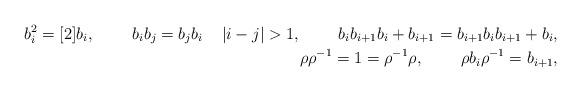
LaTeX: \begin{align*} b_i^{2}= [2] b_i, \mspace{40mu} b_ib_j =b_jb_i \mspace{10mu}\mspace{10mu} \vert i-j\vert>1, \mspace{40mu} b_ib_{i+1}b_i + b_{i+1} = b_{i+1}b_ib_{i+1} + b_{i}, \\\rho\rho^{-1}=1=\rho^{-1}\rho,\mspace{40mu} \rho b_i \rho^{-1} = b_{i+1}, \end{align*}